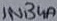
Text: 1N34A